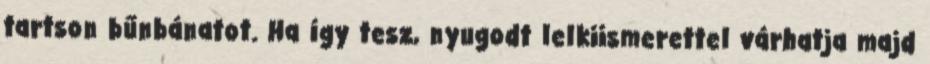
tartson bűnbánatot. Ha így tesz, nyugodt lelkiismerettel várhatja majd